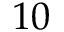
1 0